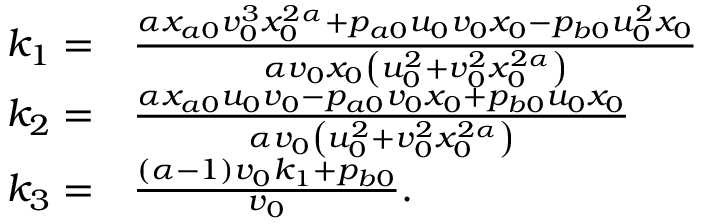
\begin{array} { r l } { k _ { 1 } = } & { \frac { \alpha x _ { a 0 } v _ { 0 } ^ { 3 } x _ { 0 } ^ { 2 \alpha } + p _ { a 0 } u _ { 0 } v _ { 0 } x _ { 0 } - p _ { b 0 } u _ { 0 } ^ { 2 } x _ { 0 } } { \alpha v _ { 0 } x _ { 0 } \left( u _ { 0 } ^ { 2 } + v _ { 0 } ^ { 2 } x _ { 0 } ^ { 2 \alpha } \right) } } \\ { k _ { 2 } = } & { \frac { \alpha x _ { a 0 } u _ { 0 } v _ { 0 } - p _ { a 0 } v _ { 0 } x _ { 0 } + p _ { b 0 } u _ { 0 } x _ { 0 } } { \alpha v _ { 0 } \left( u _ { 0 } ^ { 2 } + v _ { 0 } ^ { 2 } x _ { 0 } ^ { 2 \alpha } \right) } } \\ { k _ { 3 } = } & { \frac { ( \alpha - 1 ) v _ { 0 } k _ { 1 } + p _ { b 0 } } { v _ { 0 } } . } \end{array}